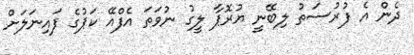
ދެން އެ ފުރުސަތު ލިބޭނީ ޔުރޮޕާ ލީގު ނުވަތަ އެފްއޭ ކަޕުގެ ފައިނަލަށް